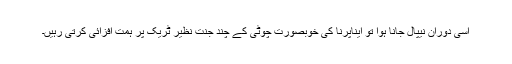
اسی دوران نیپال جانا ہوا تو ایناپرنا کی خوبصورت چوٹی کے چند جنت نظیر ٹریک پر ہمت افزائی کرتی رہیں۔